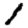
Digit: 1